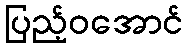
ပြည့်ဝအောင်